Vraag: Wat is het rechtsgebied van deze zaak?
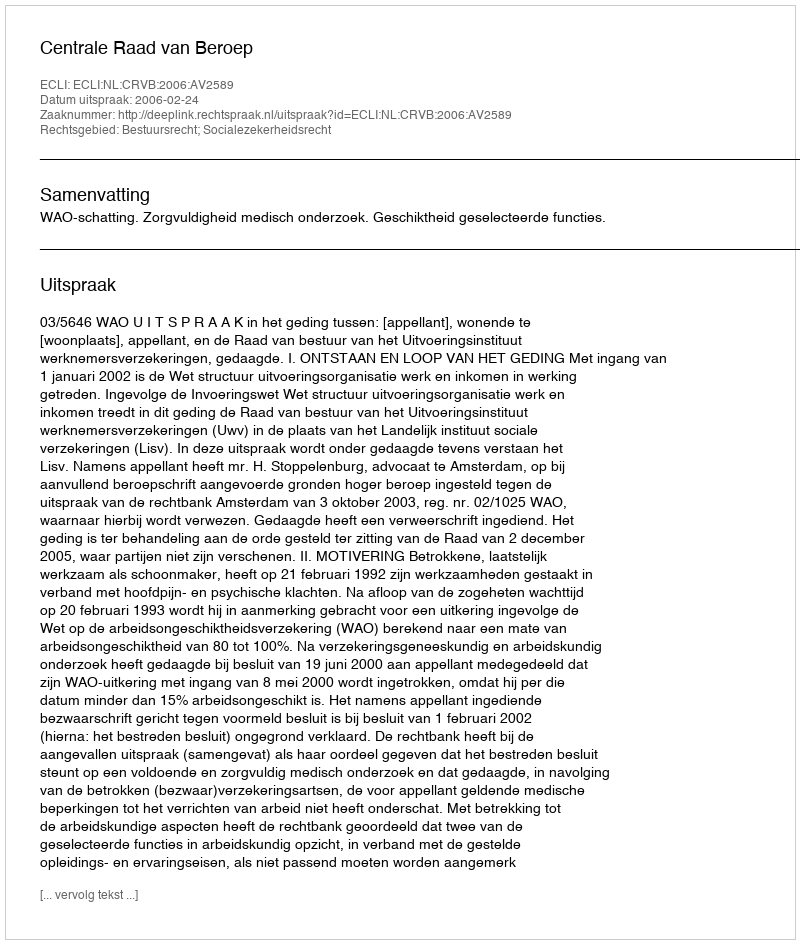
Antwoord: Bestuursrecht; Socialezekerheidsrecht